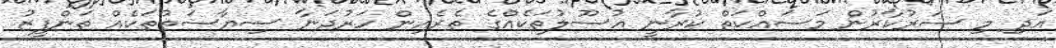
އަދި މި ސަރުކާރުން މަސައްކަތް ކުރާނީ އުސޫލުތަކެއްގެ ތެރެއިން ހަރުދަނާ ސިޔާސަތުތަކެއް ތަންފީޒު